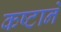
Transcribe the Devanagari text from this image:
कष्‍टाने